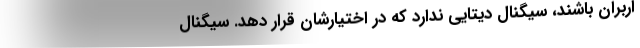
اربران باشند، سیگنال دیتایی ندارد که در اختیارشان قرار دهد. سیگنال